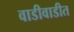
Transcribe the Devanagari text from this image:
वाडीवाडीत